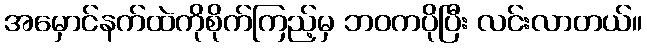
အမှောင်နက်ထဲကိုစိုက်ကြည့်မှ ဘဝကပိုပြီး လင်းလာတယ်။